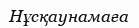
Нұсқаунамаға